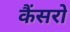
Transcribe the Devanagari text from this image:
कैंसरो